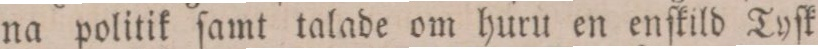
na politik ſamt talade om huru en enſkild Tyſk